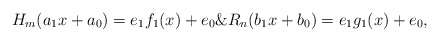
\begin{align*}H_m(a_1x+a_0)=e_1f_{1}(x)+e_0\& R_n(b_1x+b_0)=e_1g_{1}(x)+e_0,\end{align*}